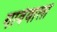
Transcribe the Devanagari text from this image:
गावँवालों